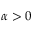
\alpha > 0